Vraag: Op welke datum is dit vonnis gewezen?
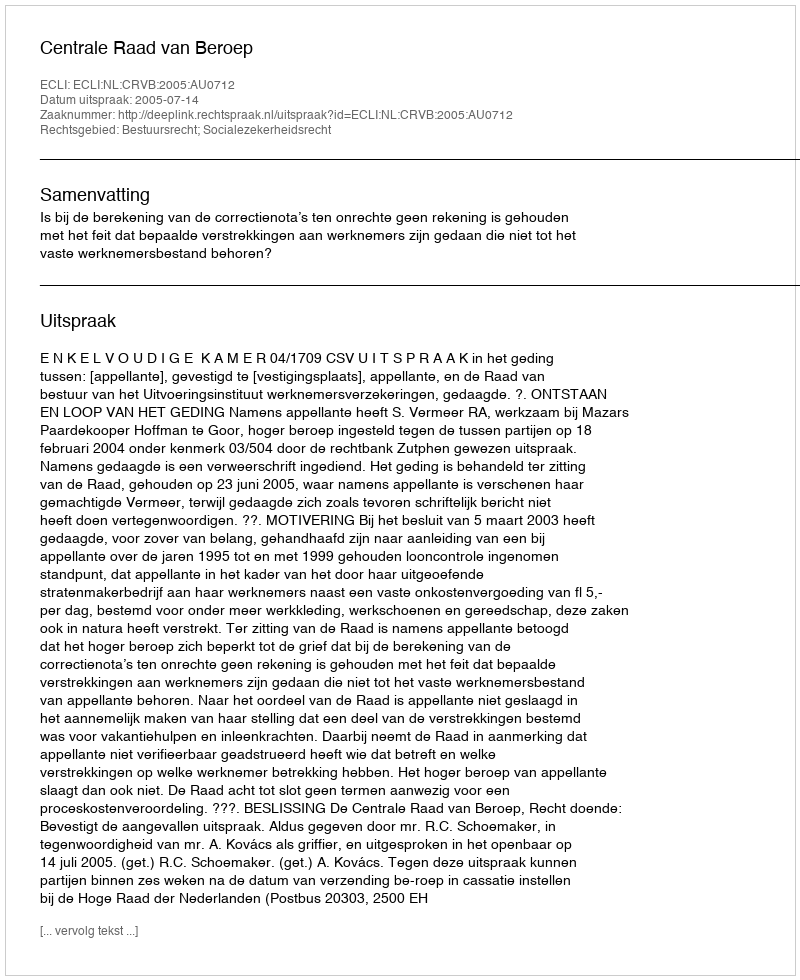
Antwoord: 2005-07-14